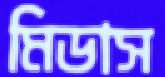
মিডাস